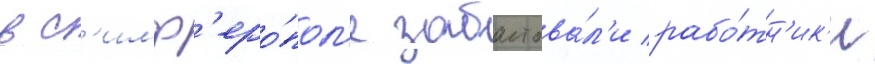
в с'имф'еро́пол'е забастова́л'и рабо́тн'ик'и